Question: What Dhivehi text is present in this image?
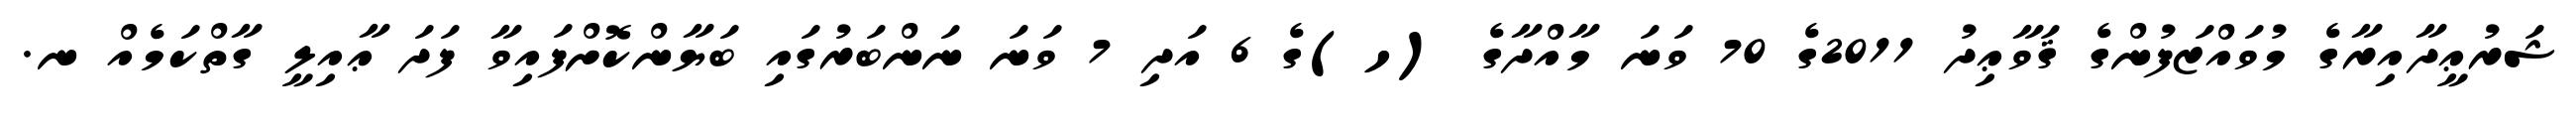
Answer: ޝަރުޢީދާއިރާގެ މުވައްޒަފުންގެ ޤަވާޢިދު 2011ގެ 70 ވަނަ މާއްދާގެ (ހ)ގެ 6 އަދި 7 ވަނަ ނަންބަރުގައި ބަޔާންކޮށްފައިވާ ފަދަ ޢާއިލީ ގާތްކަމެއް ނ.